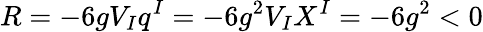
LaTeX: R=-6gV_{I}q^{I}=-6g^{2}V_{I}X^{I}=-6g^{2}<0